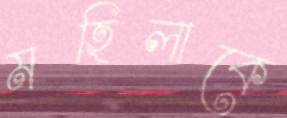
মহিলাকে